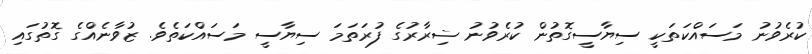
ކުރެވުނު މަސައްކަތަކީ ސިޔާސީގޮތުން ކުރެވުނު ޟިރާރުގެ ފުރަތަމަ ސިޔާސީ މަސައްކަތެވެ. ޒުވާނެއްގެ ގޮތުގައި